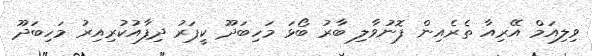
ވިލިއަމް އޭރިއާ ތެރެއިން ފޮނުވާލި ބާރު ބޯޅަ މަހިބަދޫ ކީޕަރު ދިފާއުކުރިއިރު މަހިބަދޫ